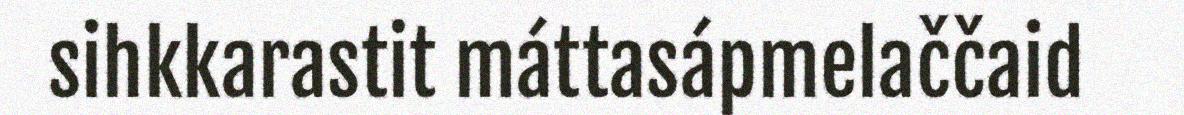
sihkkarastit máttasápmelaččaid